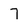
Character: 7